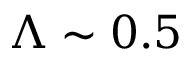
\Lambda \sim 0 . 5